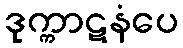
ဒုက္ကာဋနံပေ